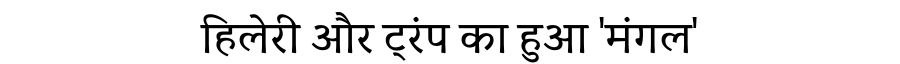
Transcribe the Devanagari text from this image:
हिलेरी और ट्रंप का हुआ 'मंगल'